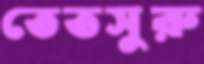
তেতসুরু